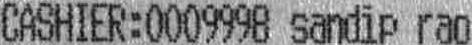
CASHIER:0009998 SANDIP RAO